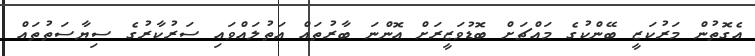
އެގޮތުން މަރުކަޒީ ބޭންކުގެ މައްޗަށް ބޮޑުވަޒީރަށް އޮންނަ ބާރުތައް އަތުލައްވައި ސަރުކާރުގެ ސިޔާސަތުތައް